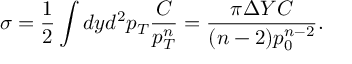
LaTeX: \sigma = \frac { 1 } { 2 } \int d y d ^ { 2 } p _ { T } \frac { C } { p _ { T } ^ { n } } = \frac { \pi \Delta Y C } { ( n - 2 ) p _ { 0 } ^ { n - 2 } } .